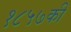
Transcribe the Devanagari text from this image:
१८५७की